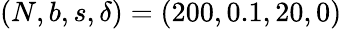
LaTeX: (N,b,s,\delta)=(200,0.1,20,0)